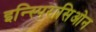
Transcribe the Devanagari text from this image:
इन्स्पिरासिओन